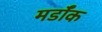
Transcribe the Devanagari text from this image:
मर्डॉक